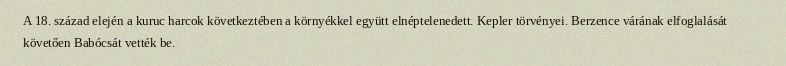
A 18. század elején a kuruc harcok következtében a környékkel együtt elnéptelenedett. Kepler törvényei. Berzence várának elfoglalását követően Babócsát vették be.